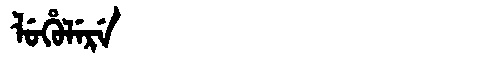
Manchu: ᠯᡠᡥᡠᠯᡝᡵᡝ
Romanization: LUHULERE